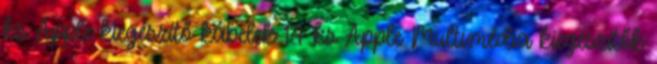
ks Apple kiegészítő kábelek 14 ks Apple Multimédia kiegészítők